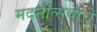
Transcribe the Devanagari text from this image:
मदनोत्सवाचे